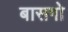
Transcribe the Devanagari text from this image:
बासगो